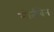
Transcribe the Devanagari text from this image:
मोतीबेन